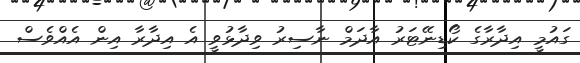
ގައުމީ އިދާރާގެ ކޯޑިނޭޓަރު އާދަމް ނާސިރު ވިދާޅުވީ އެ އިދާރާ އިން އެއްވެސް